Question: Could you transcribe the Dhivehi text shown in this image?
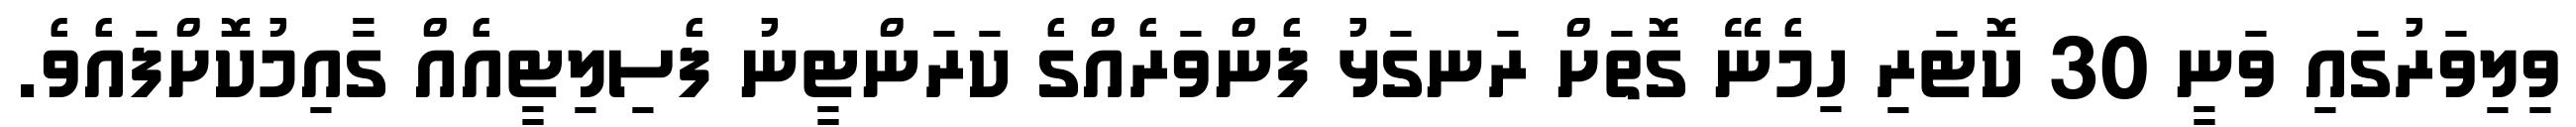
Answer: ވިލިވަރުގައި ވަނީ 30 ކޮޓަރި ހިމެނޭ ގޮތަށް ރަނގަޅު ފެންވަރެއްގެ ކަރަންޓީނު ފެސިލިޓީއެއް ގާއިމުކޮށްފައެވެ.